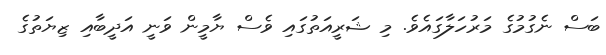
ބަސް ނެގުމުގެ މަރުހަލާގައެވެ. މި ޝަރީއަތުގައި ވެސް ޔާމީން ވަނީ އަދީބާއި ޒިޔަތުގެ